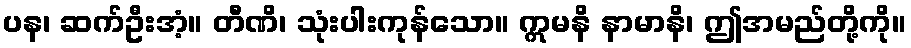
ပန၊ ဆက်ဦးအံ့။ တီဏိ၊ သုံးပါးကုန်သော။ ဣမနိ နာမာနိ၊ ဤအမည်တို့ကို။